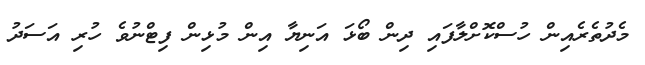
މެދުތެރެއިން ހުސްކޮށްލާފައި ދިން ބޯޅަ އަނިޔާ އިން މުޅިން ފިޓްނުވެ ހުރި އަސަދު